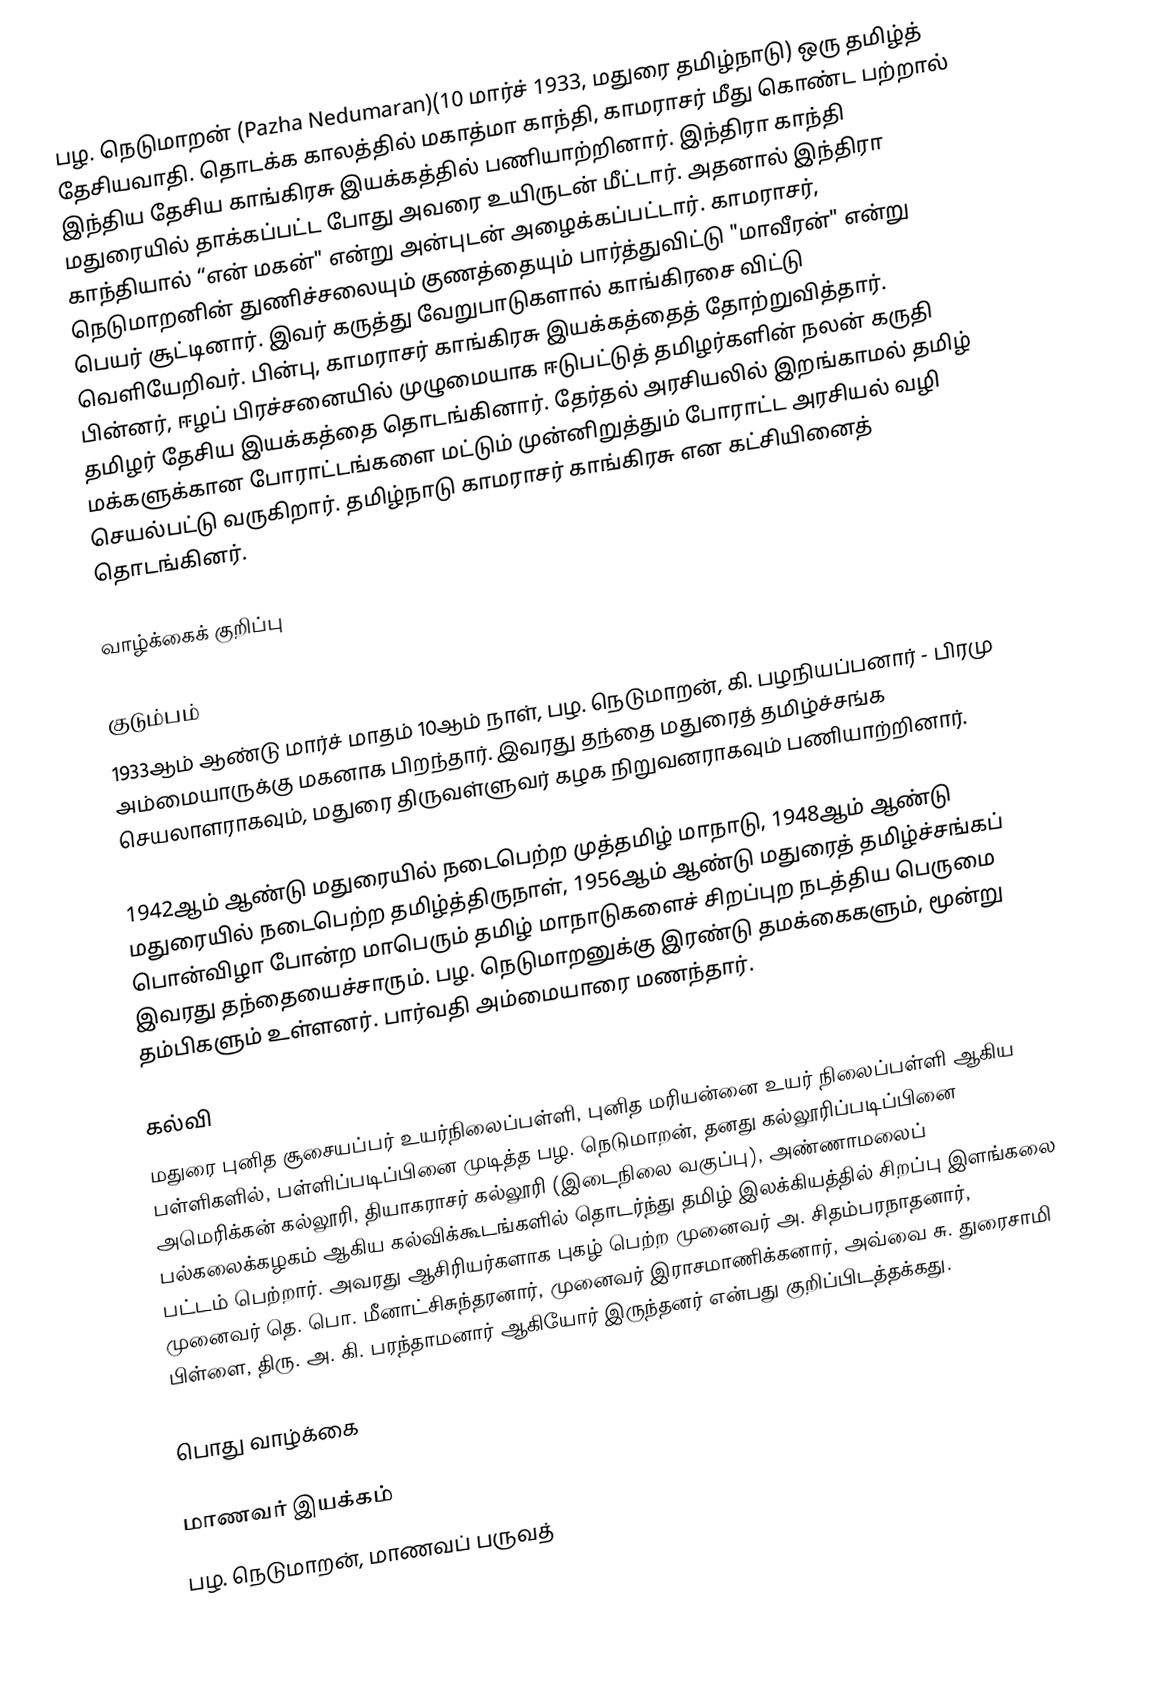
பழ. நெடுமாறன் (Pazha Nedumaran)(10 மார்ச் 1933, மதுரை தமிழ்நாடு) ஒரு தமிழ்த் தேசியவாதி. தொடக்க காலத்தில் மகாத்மா காந்தி, காமராசர் மீது கொண்ட பற்றால் இந்திய தேசிய காங்கிரசு இயக்கத்தில் பணியாற்றினார். இந்திரா காந்தி மதுரையில் தாக்கப்பட்ட போது அவரை உயிருடன் மீட்டார். அதனால் இந்திரா காந்தியால் “என் மகன்" என்று அன்புடன் அழைக்கப்பட்டார். காமராசர், நெடுமாறனின் துணிச்சலையும் குணத்தையும் பார்த்துவிட்டு "மாவீரன்" என்று பெயர் சூட்டினார். இவர் கருத்து வேறுபாடுகளால் காங்கிரசை விட்டு வெளியேறிவர். பின்பு, காமராசர் காங்கிரசு இயக்கத்தைத் தோற்றுவித்தார். பின்னர், ஈழப் பிரச்சனையில் முழுமையாக ஈடுபட்டுத் தமிழர்களின் நலன் கருதி தமிழர் தேசிய இயக்கத்தை தொடங்கினார். தேர்தல் அரசியலில் இறங்காமல் தமிழ் மக்களுக்கான போராட்டங்களை மட்டும் முன்னிறுத்தும் போராட்ட அரசியல் வழி செயல்பட்டு வருகிறார். தமிழ்நாடு காமராசர் காங்கிரசு என கட்சியினைத் தொடங்கினர்.

வாழ்க்கைக் குறிப்பு

குடும்பம்
1933ஆம் ஆண்டு மார்ச் மாதம் 10ஆம் நாள், பழ. நெடுமாறன், கி. பழநியப்பனார் - பிரமு அம்மையாருக்கு மகனாக பிறந்தார். இவரது தந்தை மதுரைத் தமிழ்ச்சங்க செயலாளராகவும், மதுரை திருவள்ளுவர் கழக நிறுவனராகவும் பணியாற்றினார்.

1942ஆம் ஆண்டு மதுரையில் நடைபெற்ற முத்தமிழ் மாநாடு, 1948ஆம் ஆண்டு மதுரையில் நடைபெற்ற தமிழ்த்திருநாள், 1956ஆம் ஆண்டு மதுரைத் தமிழ்ச்சங்கப் பொன்விழா போன்ற மாபெரும் தமிழ் மாநாடுகளைச் சிறப்புற நடத்திய பெருமை இவரது தந்தையைச்சாரும். பழ. நெடுமாறனுக்கு இரண்டு தமக்கைகளும், மூன்று தம்பிகளும் உள்ளனர். பார்வதி அம்மையாரை மணந்தார்.

கல்வி
மதுரை புனித சூசையப்பர் உயர்நிலைப்பள்ளி, புனித மரியன்னை உயர் நிலைப்பள்ளி ஆகிய பள்ளிகளில், பள்ளிப்படிப்பினை முடித்த பழ. நெடுமாறன்,  தனது கல்லூரிப்படிப்பினை அமெரிக்கன் கல்லூரி, தியாகராசர் கல்லூரி (இடைநிலை வகுப்பு), அண்ணாமலைப் பல்கலைக்கழகம் ஆகிய கல்விக்கூடங்களில் தொடர்ந்து  தமிழ் இலக்கியத்தில் சிறப்பு இளங்கலை பட்டம் பெற்றார். அவரது ஆசிரியர்களாக புகழ் பெற்ற முனைவர் அ. சிதம்பரநாதனார், முனைவர் தெ. பொ. மீனாட்சிசுந்தரனார், முனைவர் இராசமாணிக்கனார், அவ்வை சு. துரைசாமி பிள்ளை, திரு. அ. கி. பரந்தாமனார் ஆகியோர் இருந்தனர்  என்பது குறிப்பிடத்தக்கது.

பொது வாழ்க்கை

மாணவர் இயக்கம்
பழ. நெடுமாறன், மாணவப் பருவத்